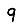
Digit: 9